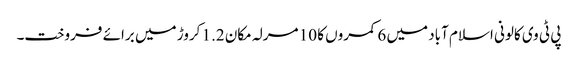
پی ٹی وی کالونی اسلام آباد میں 6 کمروں کا 10 مرلہ مکان 1.2 کروڑ میں برائے فروخت۔